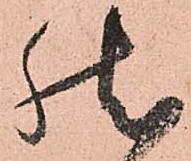
然